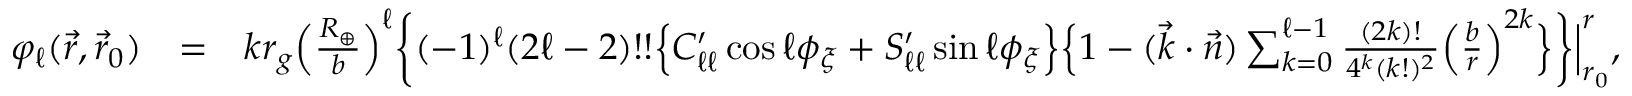
\begin{array} { r l r } { \varphi _ { \ell } ( \vec { r } , \vec { r } _ { 0 } ) } & { = } & { k r _ { g } \Big ( \frac { R _ { \oplus } } { b } \Big ) ^ { \ell } \bigg \{ ( - 1 ) ^ { \ell } ( 2 \ell - 2 ) ! ! \Big \{ C _ { \ell \ell } ^ { \prime } \cos \ell \phi _ { \xi } + S _ { \ell \ell } ^ { \prime } \sin \ell \phi _ { \xi } \Big \} \Big \{ 1 - ( \vec { k } \cdot \vec { n } ) \sum _ { k = 0 } ^ { \ell - 1 } \frac { ( 2 k ) ! } { 4 ^ { k } ( k ! ) ^ { 2 } } \Big ( \frac { b } { r } \Big ) ^ { 2 k } \Big \} \bigg \} \Big | _ { r _ { 0 } } ^ { r } , } \end{array}